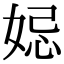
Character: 𡜱